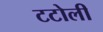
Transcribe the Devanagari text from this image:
टटोली